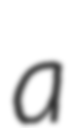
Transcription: a